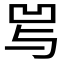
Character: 𰄒